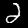
Label: 2